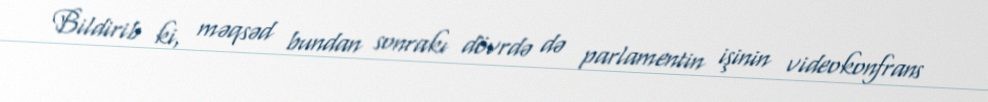
Bildirib ki, məqsəd bundan sonrakı dövrdə də parlamentin işinin videokonfrans